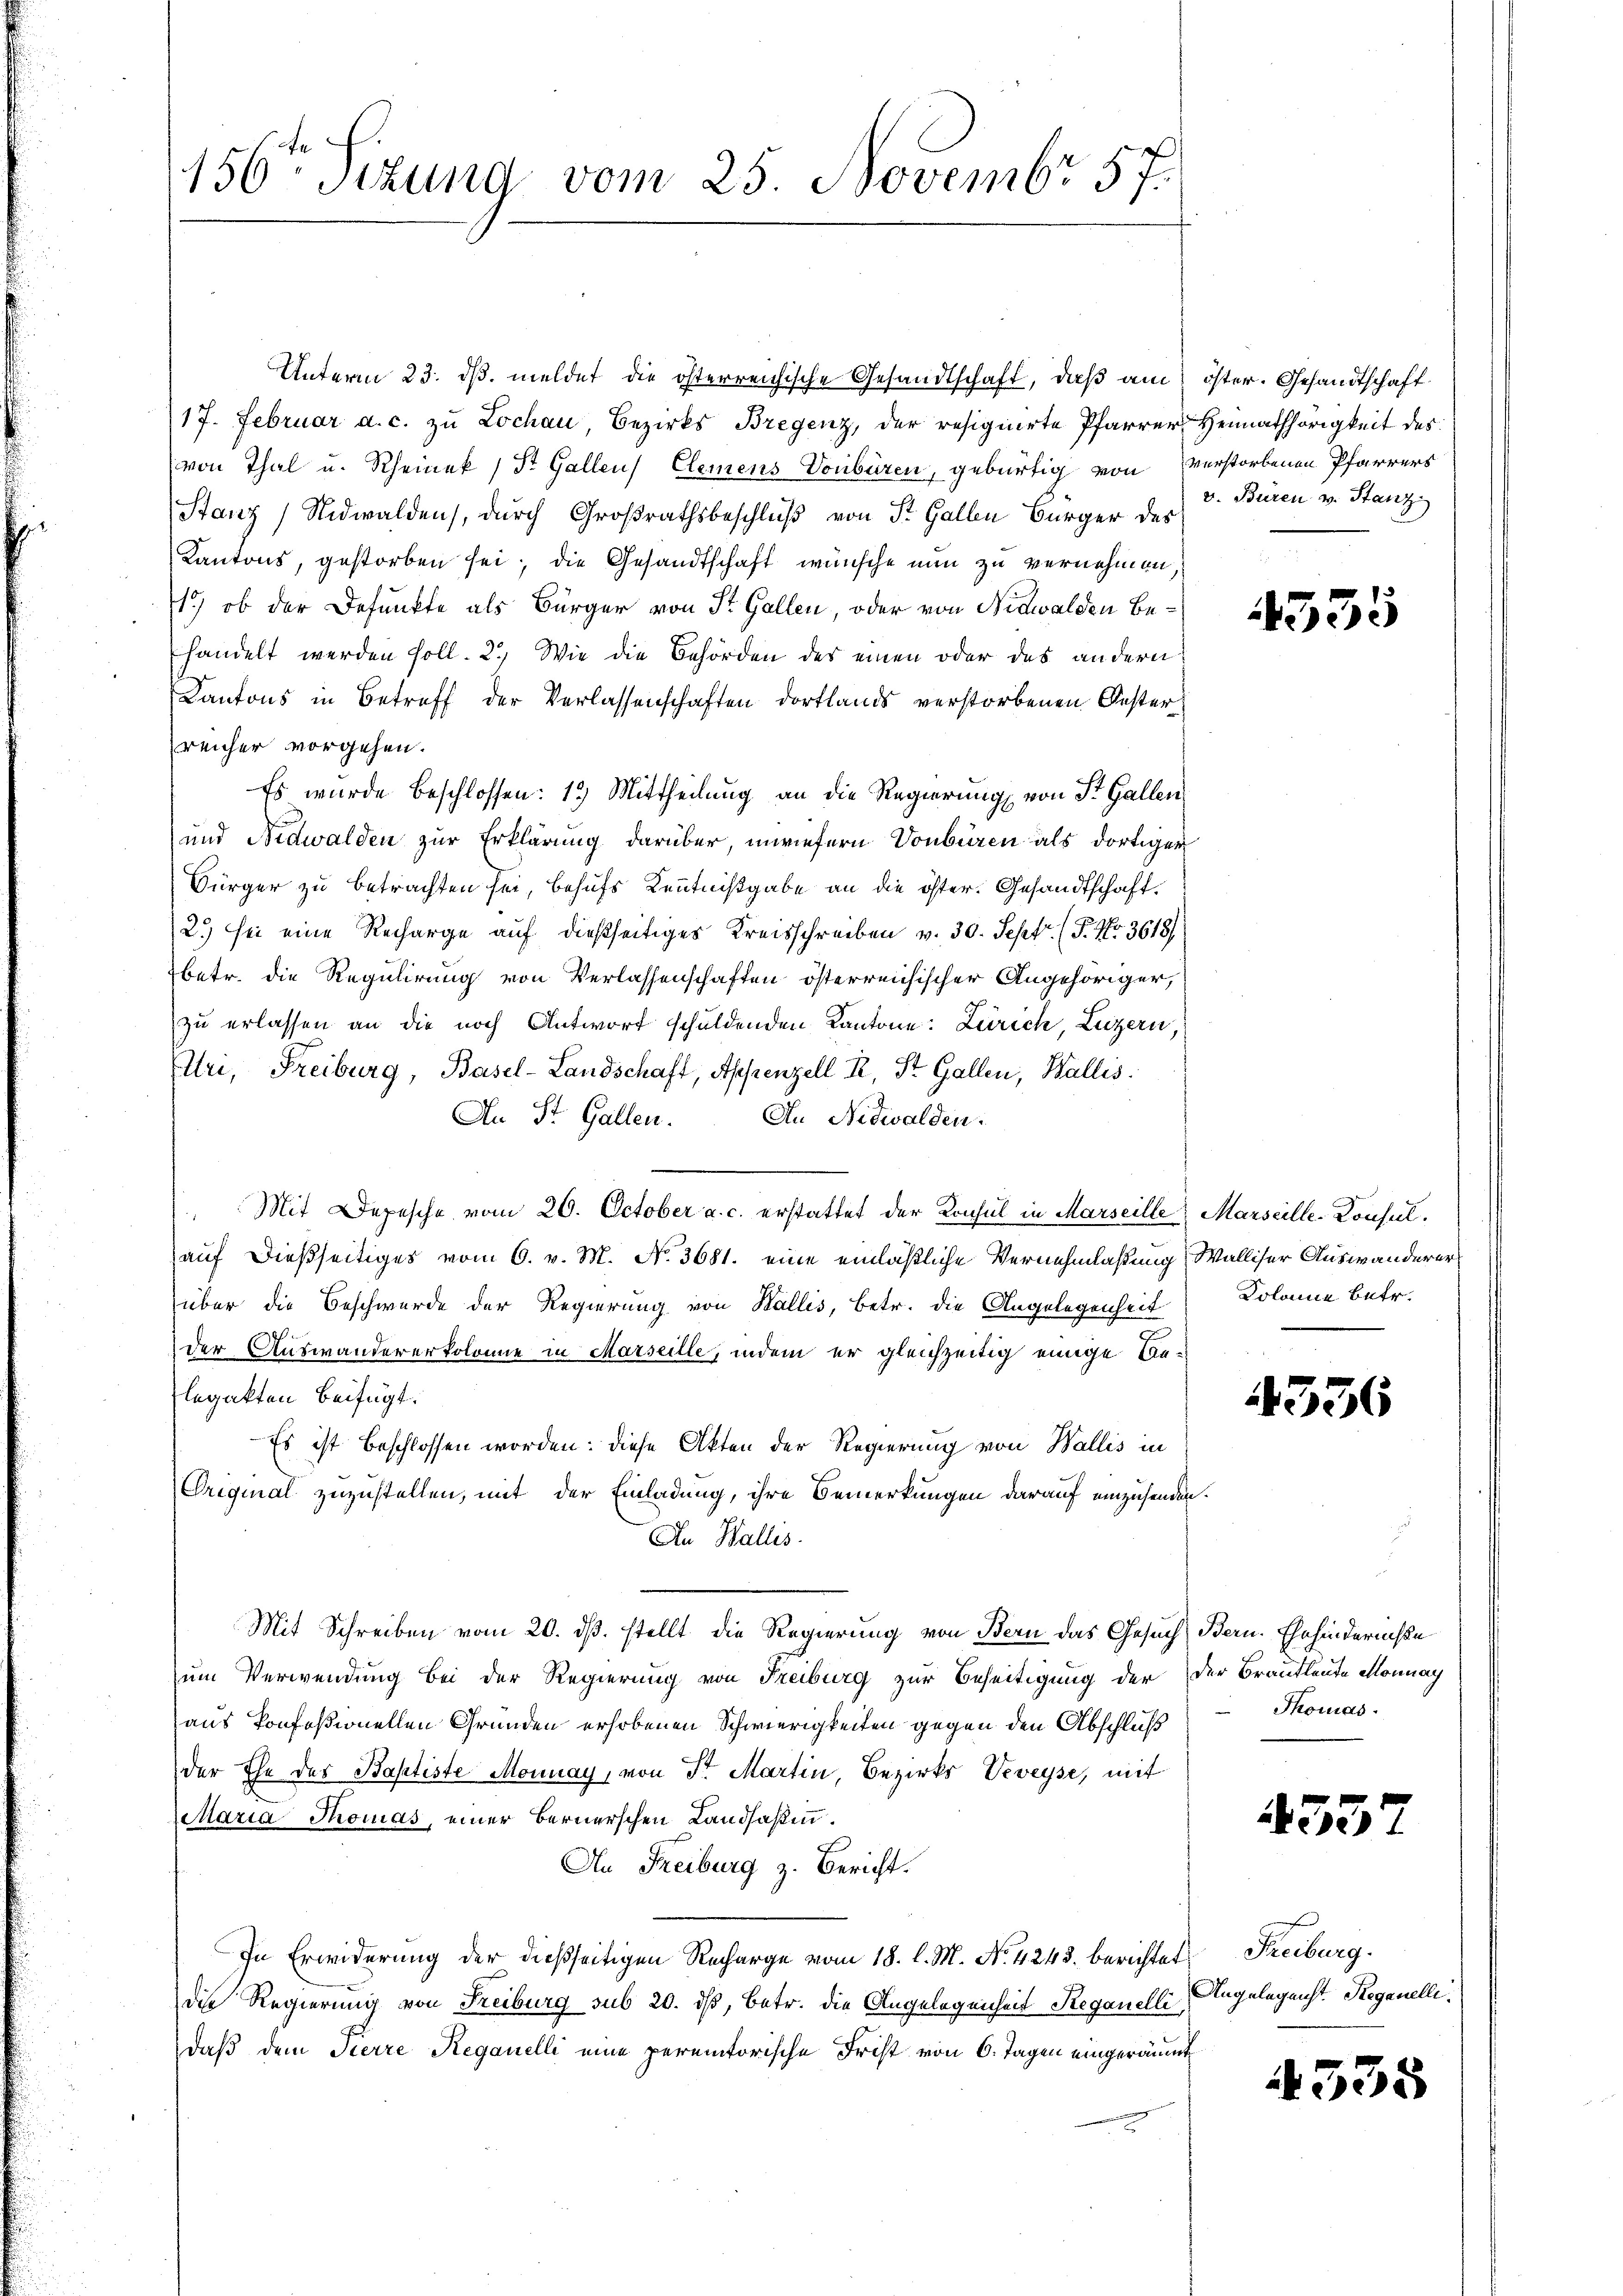
Unterm 23. dβ meldet die österreichische Gesandtschaft, daß am öster. Gesandtschaft
17. Februar a. c. zu Lochau, Bezirks Bregenz, der resignierte Pfarrer Heimathörigkeit des
(von Thal u. Rheinek, St. Gallen Elemens-Vonbüren, gebürtig von verstorbenen Pfarrers
Stanz) Nidwalden, durch Großrathsbeschluß von St. Gallen Bürger des
Kantons, gestorben sei; die Gesandtschaft wünsche nun zu vernehmen,
1.) ob der Defunkte als Bürger von St. Gallen, oder von Nidwalden Behandelt werden soll. 2.) Wie die Behörden des einen oder das andern
Kantons in Betreff der Verlassenschaften Dorflands verstorbenen Oester
reicher vorgehen.
Es wurde beschlossen: 15 Mittheilung an die Regierung von St. Gallen
und Nidwalden zur Erklärung darüber, inwiefern Vonbüren als dortiger
Bürger zu betrachten sei, behufs Kenntnißgabe an die öster. Gesandtschaft
2.) sei eine Recharge auf dießseitiges Kreisschreiben v. 30. Sept. (T. Nr. 3618/
betr. die Regulirung von Verlassenschaften österreichischer Angehöriger,
zu erlassen an die noch Antwort schuldenden Kantone: Zürich, Luzern,
(Uri, Freiburg, Basel-Landschaft, Appenzell R. St. Gallen, Wallis.
An St. Gallen. An Nidwalden.
Mit Depesche vom 20. October a. c. erstattet der Konsul in Marseille Marseille-Konsulauf dießseitiges vom 6. v. M. No. 3681. eine einläßliche Vernehmlaßung, Walliser Auswanderer
über die Beschwerde der Regierung von Wallis, betr. die Angelegenheit
der Auswandererkolonie in Marseille, indem er gleichzeitig einige Lanlegatten beifügt:
Es ist beschlossen worden: diese Akten der Regierung von Wallis in
Original zuzustellen, mit der Einladung, ihre Bemerkungen darauf einzusenden.
An Wallis.
Mit Schreiben vom 20. ds. stellt die Regierung von Bern das Gesuch, Bern. Ehehinderniße
um Verwendung bei der Regierung von Freiburg zur Beseitigung der der Brautleute Monnay
aus konfeßionellen Gründen erhobenen Schwierigkeiten gegen den Abschluß
der Ehe des Baptiste Monnay, von Sr. Martin, Bezirks Veveyse, mit
Maria Thomas, einer Bernerschen Landsaßen.
An Freiburg z. Bericht.
In Erwiderung der dießseitigen Recharge vom 18. l. M. No 4243. berichtet
die Regierung von Freiburg sub 20. ds, betr. die Angelegenheit Reganelli,
daß dem Tierre Reganelli eine peremtorische Frist von 6. Tagen eingeräumt

156ten Sizung vom 25. Novembr 57.

v. Büren v. Stanz

4355

Kolame betr.

4536

Thomas.

435.

Freiburg.
Angelegenst. Reganelli

4335